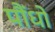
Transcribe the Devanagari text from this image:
पौंधो